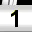
Digit: 1